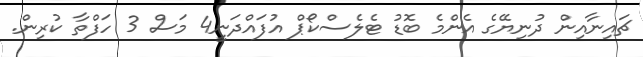
ޗައިނާއިން ދުނިޔޭގެ އެންމެ ބޮޑު ޓެލެސްކޯޕް އުފައްދަނީ4 މަސް 3 ހަފްތާ ކުރިން.